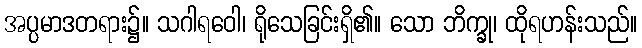
အပ္ပမာဒတရား၌။ သဂါရဝေါ၊ ရိုသေခြင်းရှိ၏။ သော ဘိက္ခု၊ ထိုရဟန်းသည်။